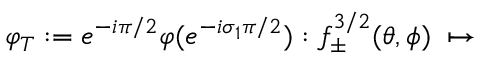
\varphi _ { T } : = e ^ { - i \pi / 2 } \varphi ( e ^ { - i \sigma _ { 1 } \pi / 2 } ) : f _ { \pm } ^ { 3 / 2 } ( \theta , \phi ) \; \mapsto \;